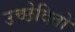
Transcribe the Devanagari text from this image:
उच्छेदितो